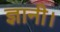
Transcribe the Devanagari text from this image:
ज्ञानी।